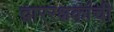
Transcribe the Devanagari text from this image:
द्वाररक्षकांची